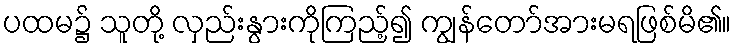
ပထမ၌ သူတို့ လှည်းနွားကိုကြည့်၍ ကျွန်တော်အားမရဖြစ်မိ၏။